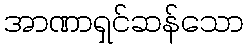
အာဏာရှင်ဆန်သော